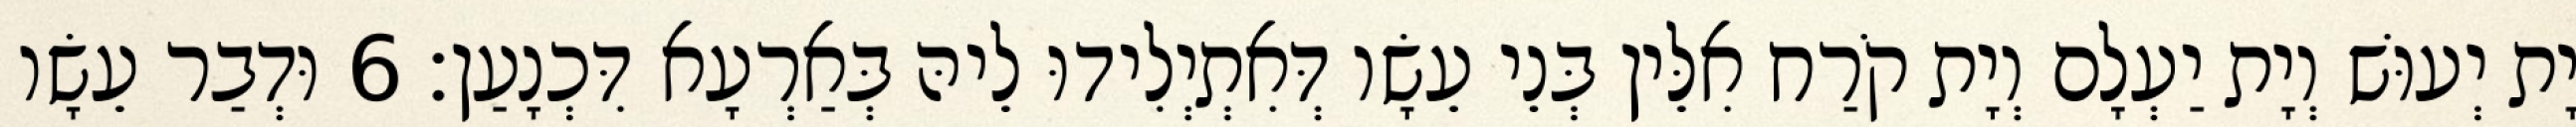
יָת יְעוּשׁ וְיָת יַעְלָם וְיָת קֹרַח אִלֵּין בְּנֵי עֵשָׂו דְּאִתְיְלִידוּ לֵיהּ בְּאַרְעָא דִּכְנָעַן׃ 6 וּדְבַר עֵשָׂו